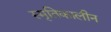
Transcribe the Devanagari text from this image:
स्मृतिकालीन